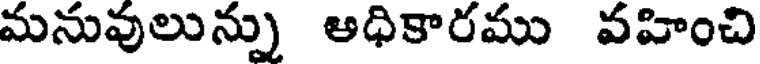
మనువులున్ను అధికారము వహించి